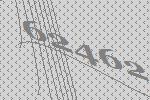
62462